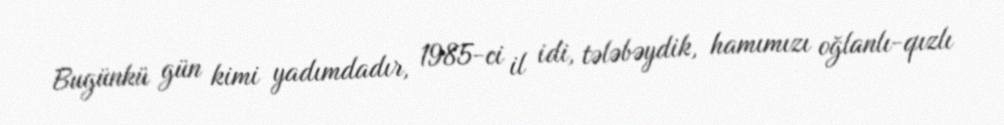
Bugünkü gün kimi yadımdadır, 1985-ci il idi, tələbəydik, hamımızı oğlanlı-qızlı